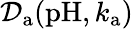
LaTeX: \mathcal{D}_{\mathrm{a}}(\mathrm{pH},k_{\mathrm{a}})